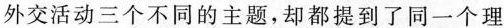
外交活动三个不同的主题，却都提到了同一个理